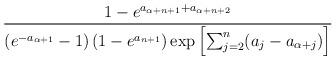
LaTeX: \begin{align*}\frac{1 - e^{a_{\alpha + n+1}+a_{\alpha+n+2}}}{\left(e^{-a_{\alpha +1}} - 1 \right) \left( 1 - e^{a_{n+1}} \right) \exp \left[ \sum_{j=2}^n (a_j - a_{\alpha+j}) \right]}\end{align*}